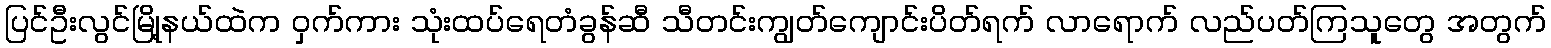
ပြင်ဦးလွင်မြို့နယ်ထဲက ဝှက်ကား သုံးထပ်ရေတံခွန်ဆီ သီတင်းကျွတ်ကျောင်းပိတ်ရက် လာရောက် လည်ပတ်ကြသူတွေ အတွက်